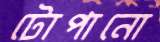
টোপানো